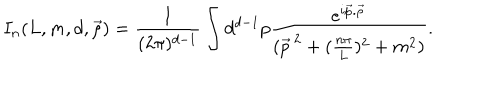
I _ { n } ( L , m , d , \vec { \rho } ) = \frac { 1 } { ( 2 \pi ) ^ { d - 1 } } \int { } d ^ { d - 1 } p \frac { e ^ { i \vec { p } . \vec { \rho } } } { ( \vec { p } ^ { \, 2 } + ( \frac { n \pi } { L } ) ^ { 2 } + m ^ { 2 } ) } .